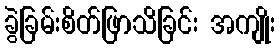
ခွဲခြမ်းစိတ်ဖြာသိခြင်း အကျိုး